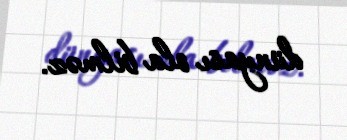
dünyası ola bilməz.